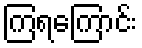
ကြရကြောင်း